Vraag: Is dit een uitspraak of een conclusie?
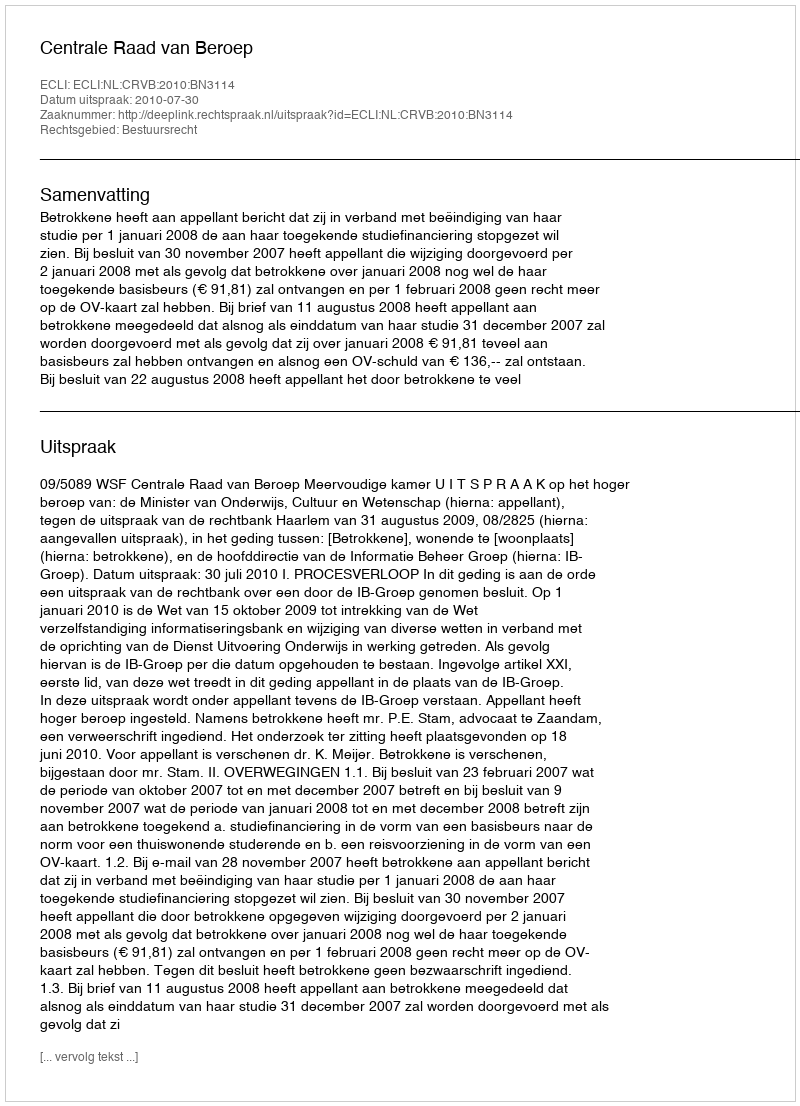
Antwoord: Uitspraak